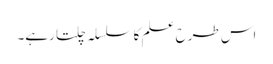
اس طرح علم کا سلسلہ چلتا رہے۔